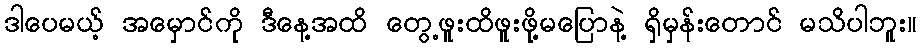
ဒါပေမယ့် အမှောင်ကို ဒီနေ့အထိ တွေ့ဖူးထိဖူးဖို့မပြောနဲ့ ရှိမှန်းတောင် မသိပါဘူး။